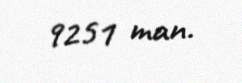
9251 man.